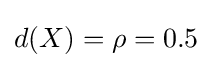
d(X)=\rho =0.5